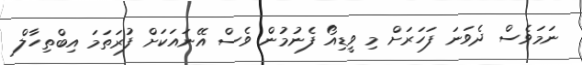
ނަމަވެސް ދެވަނަ ފަހަރަށް މި ވީޑިއޯ ފެނުމުން ވެސް އޭނައަކަށް ފުރަތަމަ އިބްތިހާލް